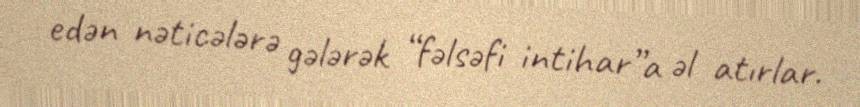
edən nəticələrə gələrək “fəlsəfi intihar”a əl atırlar.